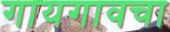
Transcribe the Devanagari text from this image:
गायगावचा